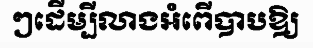
ៗដើម្បីលាងអំពើបាបឱ្យ